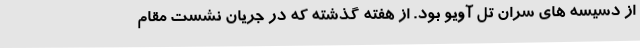
از دسیسه های سران تل آویو بود. از هفته گذشته که در جریان نشست مقام